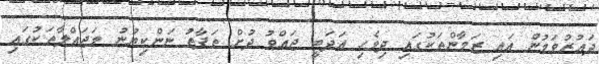
ދައުރުވަމުން އައި ޒަމާންތަކުގައި ދިވެހި އަދަބީ ޖައްވު ދުށް ތަފާތު ނަންކިޔުނު މަޖައްލާތަކުގައި